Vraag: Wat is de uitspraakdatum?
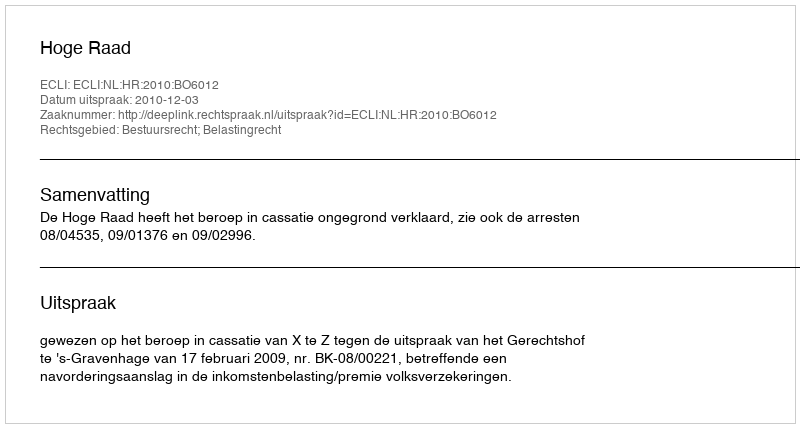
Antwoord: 2010-12-03